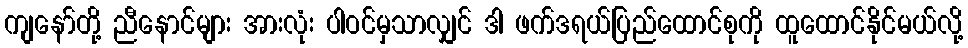
ကျနော်တို့ ညီနောင်များ အားလုံး ပါဝင်မှသာလျှင် ဒါ ဖက်ဒရယ်ပြည်ထောင်စုကို ထူထောင်နိုင်မယ်လို့